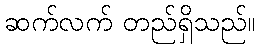
ဆက်လက် တည်ရှိသည်။